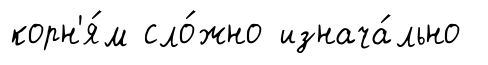
корн'я́м сло́жно изнача́льно